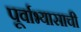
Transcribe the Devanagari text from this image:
पूर्वाभ्यासाची